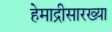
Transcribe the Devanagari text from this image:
हेमाद्रीसारख्या